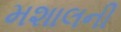
મશાલની